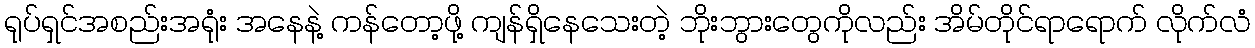
ရုပ်ရှင်အစည်းအရုံး အနေနဲ့ ကန်တော့ဖို့ ကျန်ရှိနေသေးတဲ့ ဘိုးဘွားတွေကိုလည်း အိမ်တိုင်ရာရောက် လိုက်လံ